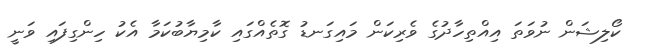
ކޯލިޝަން ނުވަތަ އިއްތިހާދުގެ ވެރިކަން މައިގަނޑު ގޮތެއްގައި ކާމިޔާބުކަމާ އެކު ހިންގިފައި ވަނީ